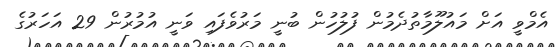
އެމްވީ އަށް މައުލޫމާތުދެމުން ފުލުހުން ބުނީ މަރުވެފައި ވަނީ އުމުރުން 29 އަހަރުގެ